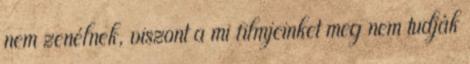
nem zenélnek, viszont a mi filmjeinket meg nem tudják